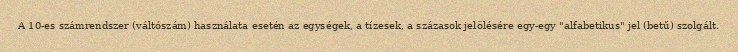
A 10-es számrendszer (váltószám) használata esetén az egységek, a tízesek, a százasok jelölésére egy-egy "alfabetikus" jel (betű) szolgált.